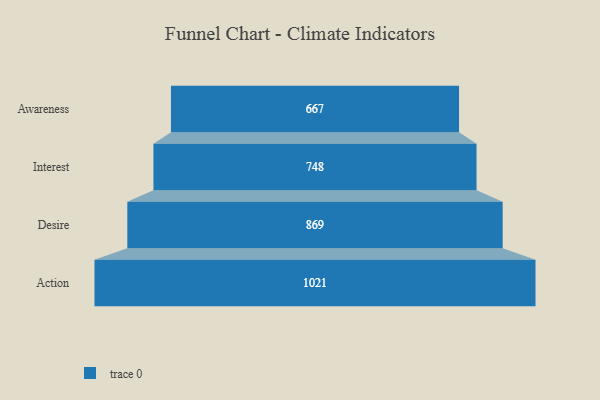
{"axis": {"x": "Stage", "y": "Value"}, "legend": [""], "data": [{"x": "Awareness", "y": 667.0, "type": ""}, {"x": "Interest", "y": 748.0, "type": ""}, {"x": "Desire", "y": 869.0, "type": ""}, {"x": "Action", "y": 1021.0, "type": ""}]}